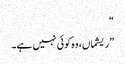
“
”ریشماں، وہ کوئی نہیں ہے۔